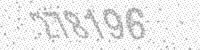
Solution: 278196